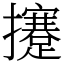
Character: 攓